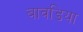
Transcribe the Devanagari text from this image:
बावडिया